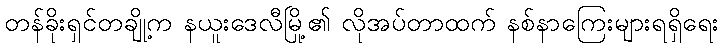
တန်ခိုးရှင်တချို့က နယူးဒေလီမြို့၏ လိုအပ်တာထက် နစ်နာကြေးများရရှိရေး